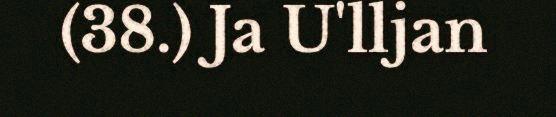
(38.) Ja U'lljan